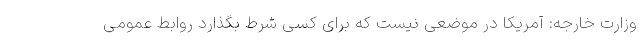
وزارت خارجه: آمریکا در موضعی نیست که برای کسی شرط بگذارد روابط عمومی